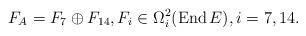
LaTeX: \begin{gather*}F_A=F_{7}\oplus F_{14},F_{i}\in \Omega_{i}^{2} (\operatorname{End}E ),i=7,14.\end{gather*}